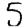
Digit: 5